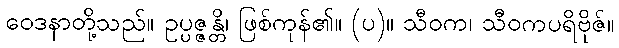
ဝေဒနာတို့သည်။ ဥပ္ပဇ္ဇန္တိ၊ ဖြစ်ကုန်၏။ (ပ)။ သီဝက၊ သီဝကပရိဗိုဇ်။